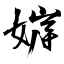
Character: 婩